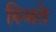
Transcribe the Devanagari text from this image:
स्थिते